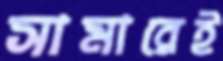
সামারেই